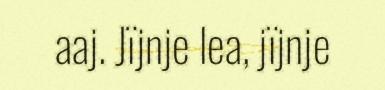
aaj. Jïjnje lea, jïjnje